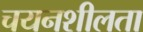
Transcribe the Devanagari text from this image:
चयनशीलता